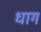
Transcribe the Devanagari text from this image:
धाग